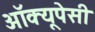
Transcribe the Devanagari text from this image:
अॉक्यूपेसी